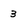
Character: 3